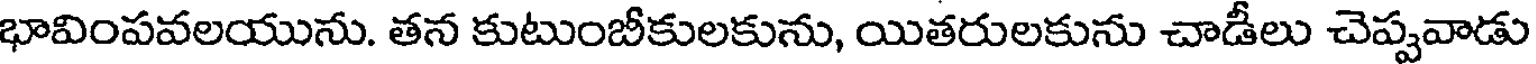
భావింపవలయును. తన కుటుంబీకులకును, యితరులకును చాడీలు చెప్పవాడు